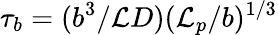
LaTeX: \tau_{b}=(b^{3}/\mathcal{L}D)(\mathcal{L}_{p}/b)^{1/3}